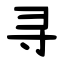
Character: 寻